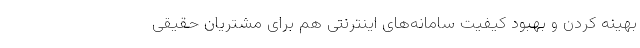
بهینه کردن و بهبود کیفیت سامانه‌های اینترنتی هم برای مشتریان حقیقی